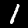
Digit: 1